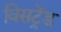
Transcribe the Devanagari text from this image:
विसट्रेंड